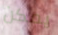
يمكن